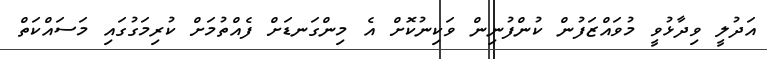
އަދުލީ ވިދާޅުވީ މުވައްޒަފުން ކުންފުނިން ވަކިނުކޮށް އެ މިންގަނޑަށް ފެއްތުމަށް ކުރިމަގުގައި މަސައްކަތް